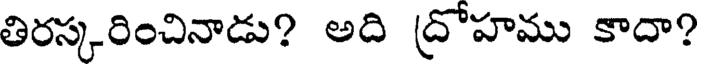
తిరస్కరించినాడు? అది ద్రోహము కాదా?